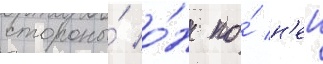
стороны́ о́н по́ н'еи